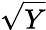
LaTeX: \sqrt{Y}